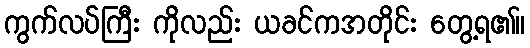
ကွက်လပ်ကြီး ကိုလည်း ယခင်ကအတိုင်း တွေ့ရ၏။